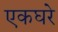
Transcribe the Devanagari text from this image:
एकघरे